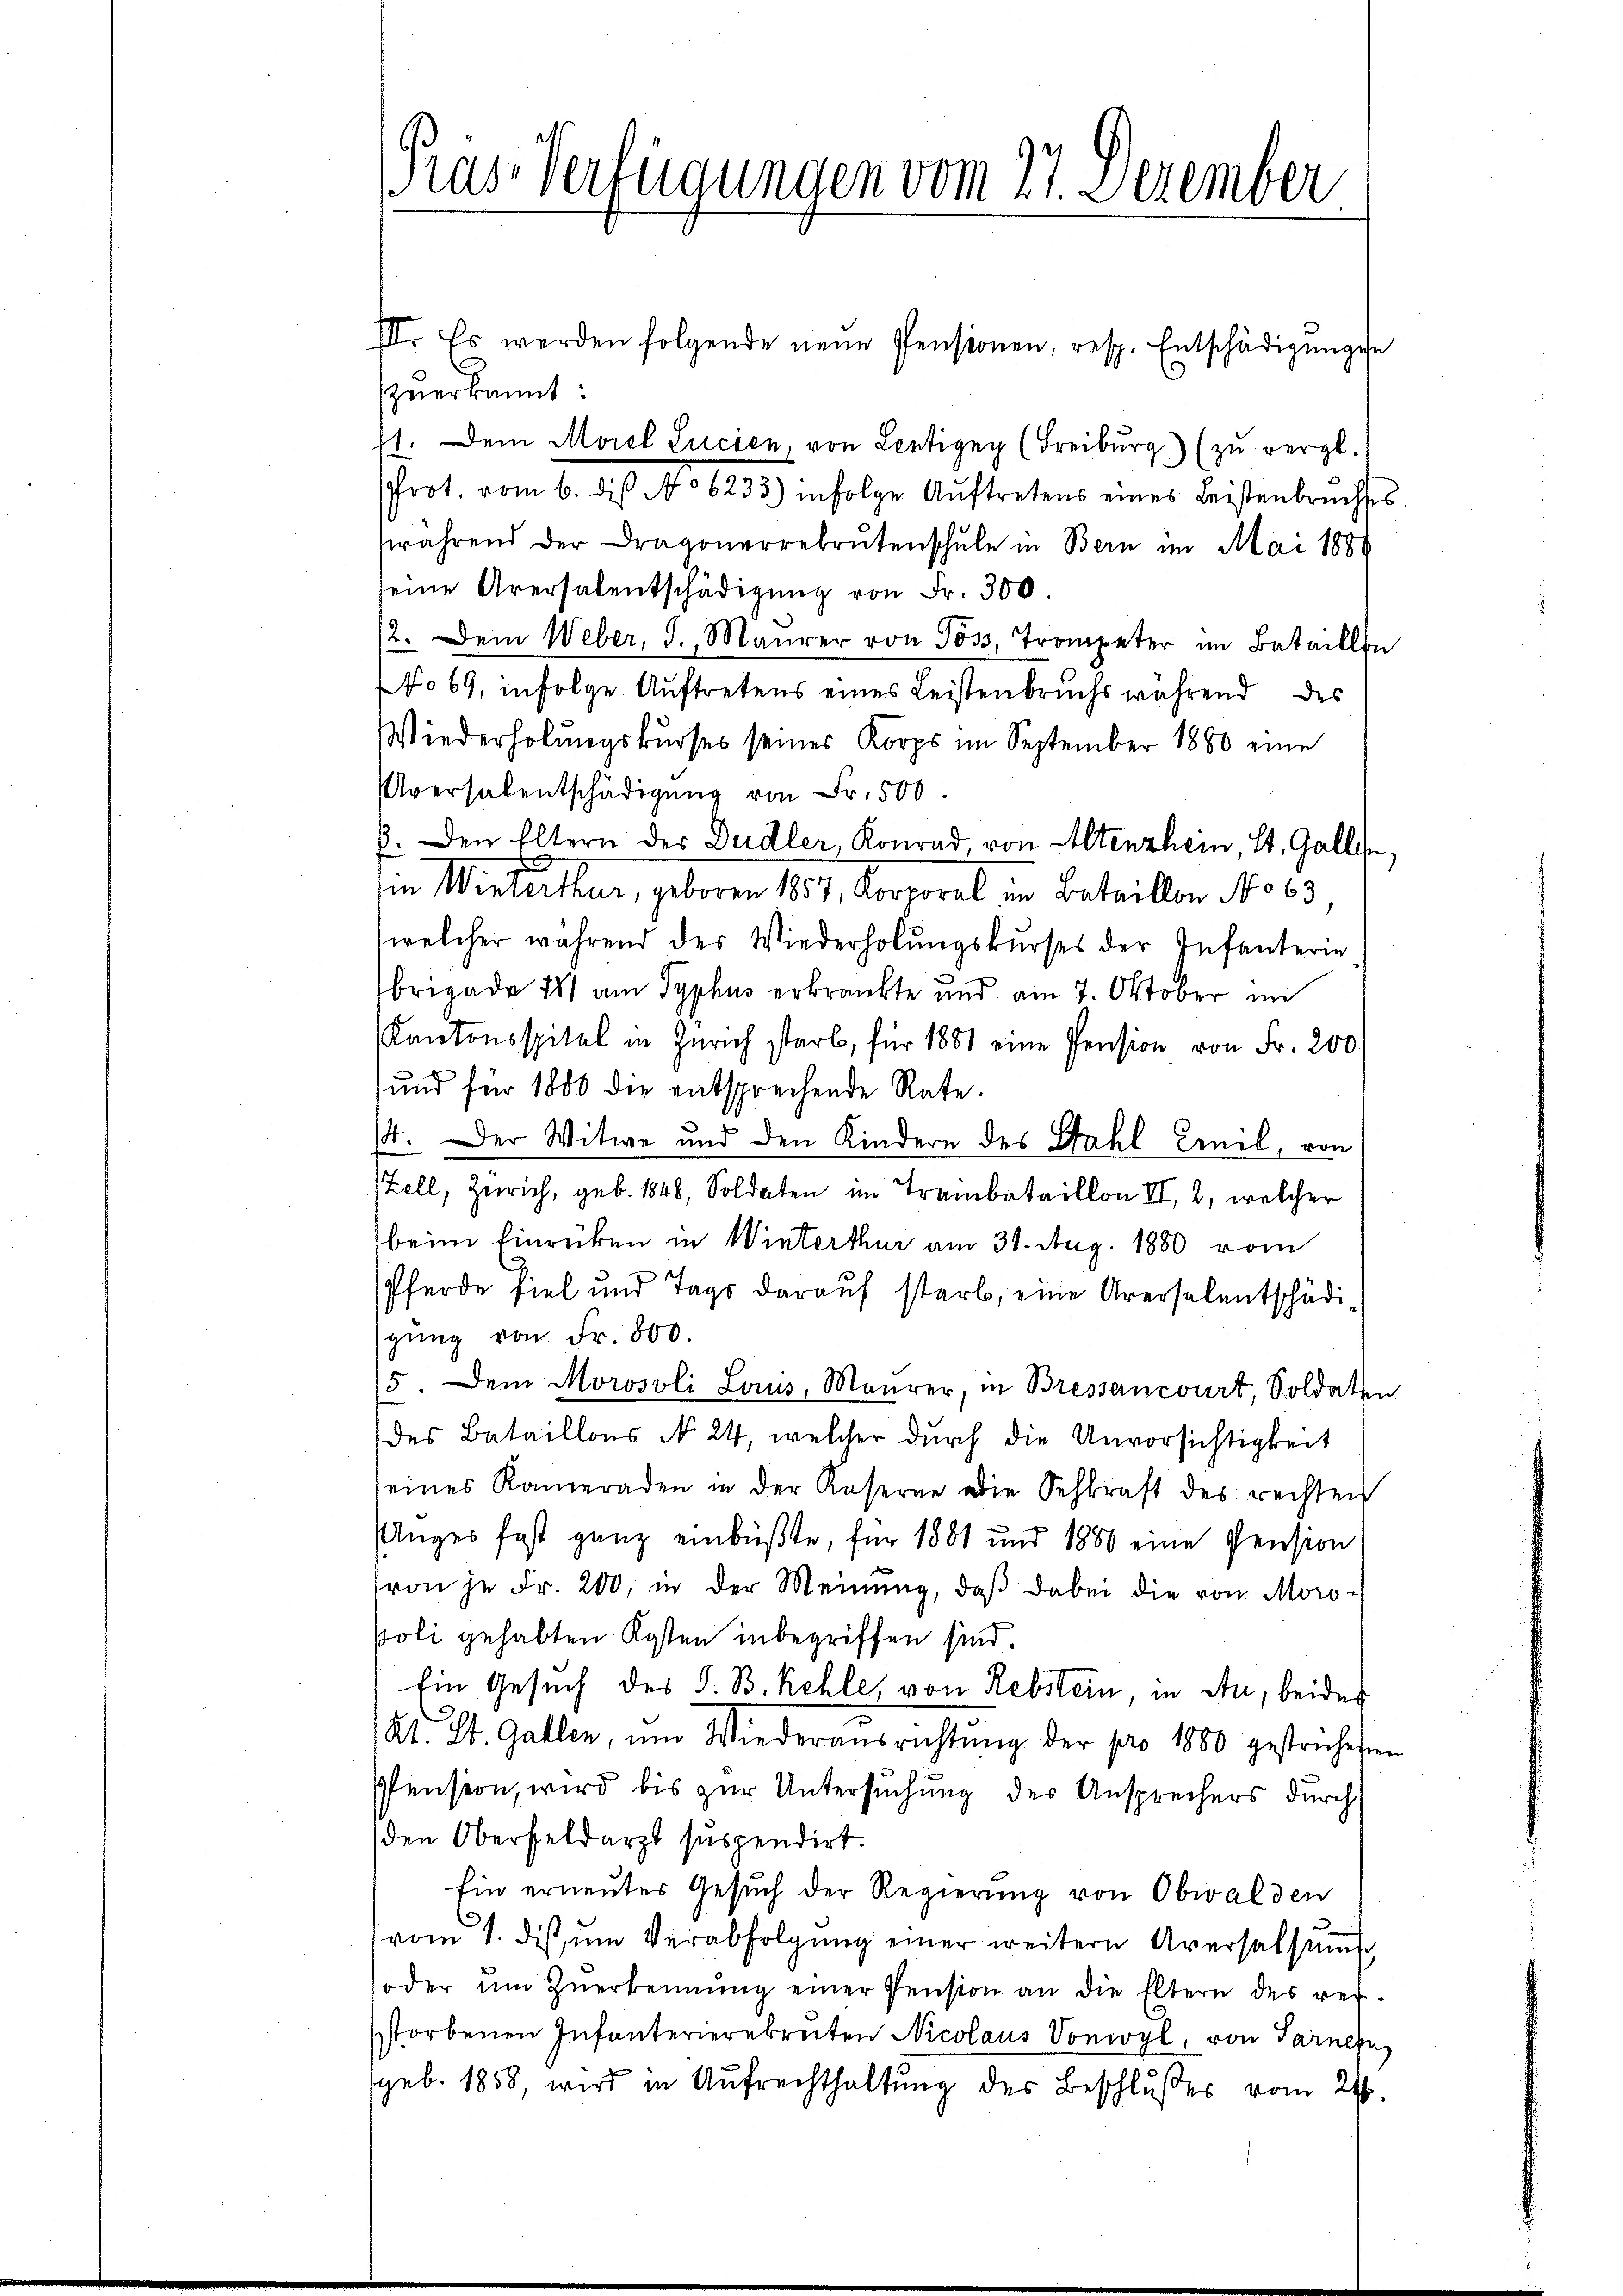
ras Verfügungen vom 27. Dezember

III. Es werden folgende neue Pensionen, resp. Entschädigŭngen
zuerkannt:
11. Dem Morel Lucien von Lentizey (Freiburg) (zŭ vergl.
Prot. vom 6. die No 6233) infolge Aŭftretens eines Leistenbruchses
während der Dragonerrekrutenschule in Bern im Mai 1888
seine Aversalentschädigŭng von Fr. 300.
/2. Dem Weber, d. Maŭrer von Poss, Trompeter im Bataillen
No 69, infolge Auftretens eines Leistenbruchs während des
Wiederholungskurses seines Korps im September 1880 eine
Uversalentschädigung von Fr. 500
6. Den Eltern der Dudler, Konrad, von Altenzhein, St. Gallen,
in Winterthur, geboren 1851, Korporel in Bataillon No 63
welcher während der Wiederholŭngskurses der Infanterie
Brigade 181 am Typhus erkränkte und am 7. Oktober im
Kantonsspitel in Zürich starb, für 1881 eine Pension von Fr. 200
und für 1800 die entsprechende Rate.
14. Der Witwe und den Kindern des Wahl Cenik, von
Zell, Zürich, geb. 1848, Soldaten im Trambataillon II, 2, welcher
beim Einrücken in Winterthur am 31. Aug. 1880 vom
Pferde fiel und Tags darauf starb, eine Aversalentschädigŭng von Fr. 800.
15. Dem Morosoli Larus, Maurer, in Bressancourt, Soldaten
des Bataillons No 24, welcher durch die Unvorsichtigkeit
eines Kameraden in der Kaserne die Sehkraft des rechten
Unges fast ganz einbüßte, für 1881 und 1880 eine Pension
von je Fr. 200, in der Meinŭng, daβ dabei die von Moro-
poli gehabten Kosten inbegriffen sind.
Ein Gesuch des S. B. Kehle, von Rebstein, in da, beider
Kl. St. Gallen, um Wiederausrichtŭng der pro 1880 gestricheten
Pension, wird bis zur Untersuchung der Ansprechers durch
den Oberfeldarzt suspendirt.
hin erneutes Gesuch der Regierung von Obwalden
vom 1. dis ŭm Verabfolgŭng einer weitern Aversalsŭṁ
oder um Zuerkennung einer Pension an die Eltern des verstorbenen Infanterierebreiten Nicolaus Sonivyl, von Tarnek
geb. 1858, wird in Aufrechthaltung des Beschlußes vom 21.